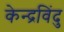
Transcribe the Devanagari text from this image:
केन्द्रविंदु